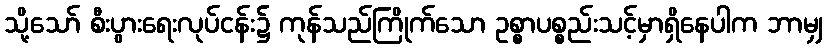
သို့သော် စီးပွားရေးလုပ်ငန်း၌ ကုန်သည်ကြိုက်သော ဥစ္စာပစ္စည်းသင့်မှာရှိနေပါက ဘာမျှ